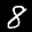
Label: 8